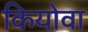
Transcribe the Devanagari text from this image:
कियोवा